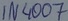
Text: 1N4007